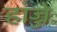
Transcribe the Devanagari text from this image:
हाज्जे